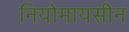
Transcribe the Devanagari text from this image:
नियोमायसीन